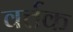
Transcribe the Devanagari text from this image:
वर्त्तक